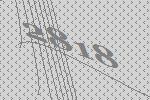
2818